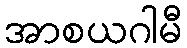
အာစယဂါမီ